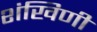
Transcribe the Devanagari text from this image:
शंखिणी